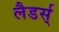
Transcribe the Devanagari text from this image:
लैडर्स्